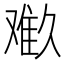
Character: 𱍾